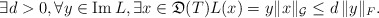
\begin{align*}\exists d >0, \forall y \in {\rm Im} \, L, \exists x \in {\mathfrak D}(T) L(x) = y \Vert x \Vert_{\mathcal G} \leq d \, \Vert y \Vert_F .\end{align*}